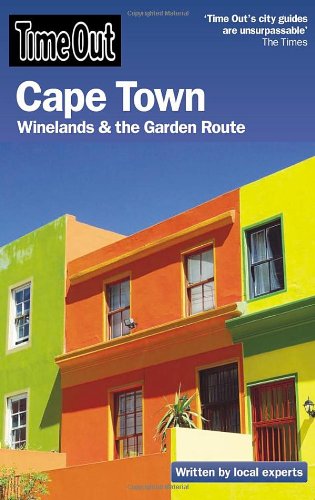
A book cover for Time Out Cape Town: Winelands and the Garden Route (Time Out Guides); Travel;